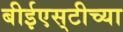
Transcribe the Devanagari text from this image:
बीईएस्‌टीच्या